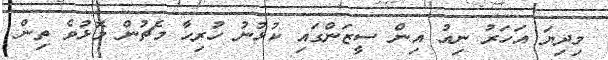
މިދިޔަ އަހަރު ނިއު އިން ސީޒަންގައި ކުޅުނު ހުރިހާ މެޗުން މޮޅުވެ ތިން